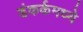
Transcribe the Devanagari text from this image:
डंकर्कमध्ये